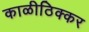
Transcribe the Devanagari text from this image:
काळीठिक्कर